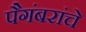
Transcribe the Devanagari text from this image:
पैगंबरांचे